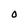
Character: O